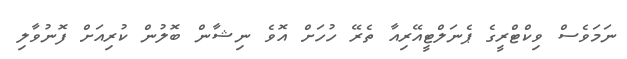
ނަމަވެސް ވިކްޓްރީގެ ޕެނަލްޓީއޭރިއާ ތެރޭ ހުހަށް އޮވެ ނިޝާން ބޮލުން ކުރިއަށް ފޮނުވާލި